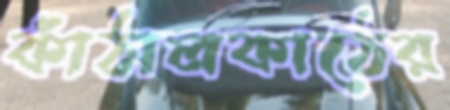
কাঁঠালকাঠের